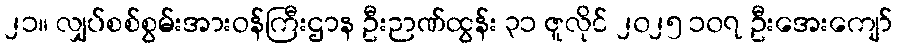
၂၁။ လျှပ်စစ်စွမ်းအားဝန်ကြီးဌာန ဦးဉာဏ်ထွန်း ၃၁ ဇူလိုင် ၂၀၂၅ ၁၀၇ ဦးအေးကျော်